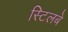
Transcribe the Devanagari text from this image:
स्टिलबे